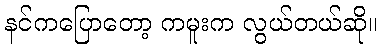
နင်ကပြောတော့ ကမူးက လွယ်တယ်ဆို။